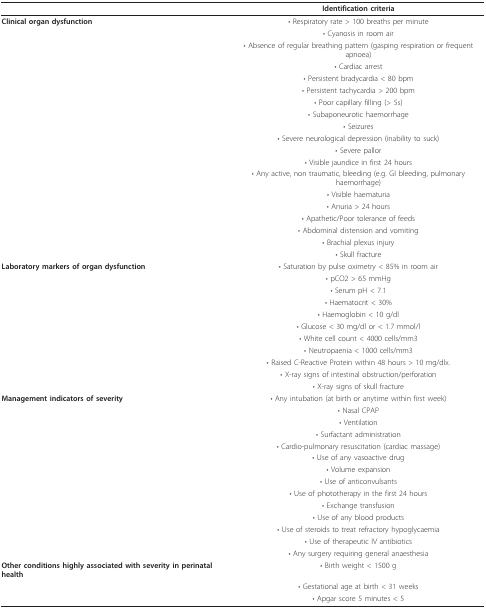
<table><thead><tr><td></td><td><b>Identification criteria</b></td></tr></thead><tbody><tr><td><b>Clinical organ dysfunction</b></td><td>• Respiratory rate &gt; 100 breaths per minute</td></tr><tr><td></td><td>• Cyanosis in room air</td></tr><tr><td></td><td>• Absence of regular breathing pattern (gasping respiration or frequent apnoea)</td></tr><tr><td></td><td>• Cardiac arrest</td></tr><tr><td></td><td>• Persistent bradycardia &lt; 80 bpm</td></tr><tr><td></td><td>• Persistent tachycardia &gt; 200 bpm</td></tr><tr><td></td><td>• Poor capillary filling (&gt; 5s)</td></tr><tr><td></td><td>• Subaponeurotic haemorrhage</td></tr><tr><td></td><td>• Seizures</td></tr><tr><td></td><td>• Severe neurological depression (inability to suck)</td></tr><tr><td></td><td>• Severe pallor</td></tr><tr><td></td><td>• Visible jaundice in first 24 hours</td></tr><tr><td></td><td>• Any active, non traumatic, bleeding (e.g. GI bleeding, pulmonary haemorrhage)</td></tr><tr><td></td><td>• Visible haematuria</td></tr><tr><td></td><td>• Anuria &gt; 24 hours</td></tr><tr><td></td><td>• Apathetic/Poor tolerance of feeds</td></tr><tr><td></td><td>• Abdominal distension and vomiting</td></tr><tr><td></td><td>• Brachial plexus injury</td></tr><tr><td></td><td>• Skull fracture</td></tr><tr><td><b>Laboratory markers of organ dysfunction</b></td><td>• Saturation by pulse oximetry &lt; 85% in room air</td></tr><tr><td></td><td>• pCO2 &gt; 65 mmHg</td></tr><tr><td></td><td>• Serum pH &lt; 7.1</td></tr><tr><td></td><td>• Haematocrit &lt; 30%</td></tr><tr><td></td><td>• Haemoglobin &lt; 10 g/dl</td></tr><tr><td></td><td>• Glucose &lt; 30 mg/dl or &lt; 1.7 mmol/l</td></tr><tr><td></td><td>• White cell count &lt; 4000 cells/mm3</td></tr><tr><td></td><td>• Neutropaenia &lt; 1000 cells/mm3</td></tr><tr><td></td><td>• Raised C-Reactive Protein within 48 hours &gt; 10 mg/dlx.</td></tr><tr><td></td><td>• X-ray signs of intestinal obstruction/perforation</td></tr><tr><td></td><td>• X-ray signs of skull fracture</td></tr><tr><td><b>Management indicators of severity</b></td><td>• Any intubation (at birth or anytime within first week)</td></tr><tr><td></td><td>• Nasal CPAP</td></tr><tr><td></td><td>• Ventilation</td></tr><tr><td></td><td>• Surfactant administration</td></tr><tr><td></td><td>• Cardio-pulmonary resuscitation (cardiac massage)</td></tr><tr><td></td><td>• Use of any vasoactive drug</td></tr><tr><td></td><td>• Volume expansion</td></tr><tr><td></td><td>• Use of anticonvulsants</td></tr><tr><td></td><td>• Use of phototherapy in the first 24 hours</td></tr><tr><td></td><td>• Exchange transfusion</td></tr><tr><td></td><td>• Use of any blood products</td></tr><tr><td></td><td>• Use of steroids to treat refractory hypoglycaemia</td></tr><tr><td></td><td>• Use of therapeutic IV antibiotics</td></tr><tr><td></td><td>• Any surgery requiring general anaesthesia</td></tr><tr><td><b>Other conditions highly associated with severity in perinatal health</b></td><td>• Birth weight &lt; 1500 g</td></tr><tr><td></td><td>• Gestational age at birth &lt; 31 weeks</td></tr><tr><td></td><td>• Apgar score 5 minutes &lt; 5</td></tr></tbody></table>